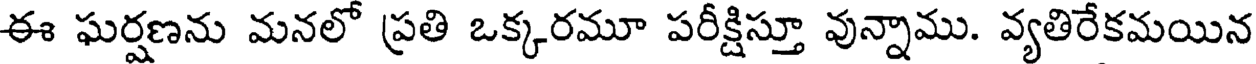
ఈ ఘర్షణను మనలో ప్రతి ఒక్కరమూ పరీక్షిస్తూ వున్నాము. వ్యతిరేకమయిన